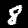
Label: 8